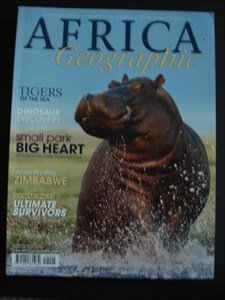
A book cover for AFRICA Geographic - May 2010 - Tigers - Dinosaur - Malawi - Llwonde - Zimbabwe - Wildlife - Nature - Conservation - People - Travel; Travel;